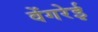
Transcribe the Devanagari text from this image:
वेंगरेई